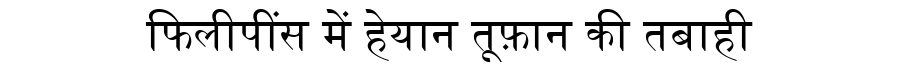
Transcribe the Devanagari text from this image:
फिलीपींस में हेयान तूफ़ान की तबाही